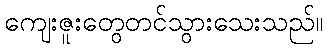
ကျေးဇူးတွေတင်သွားသေးသည်။